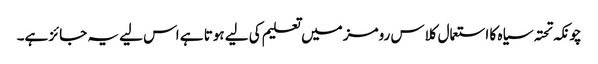
چونکہ تحتہ سیاہ کا استعمال کلاس رومز میں تعلیم کی لیے ہوتا ہے اس لیے یہ جائز ہے۔